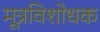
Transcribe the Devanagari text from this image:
मूत्रविशोधक